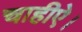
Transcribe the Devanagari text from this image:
चाहीऐ।